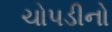
ચોપડીનો